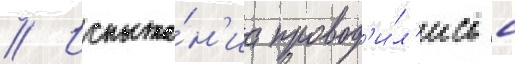
// Испыта́н'иа провод'и́л'ись с